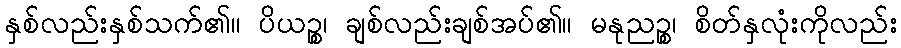
နှစ်လည်းနှစ်သက်၏။ ပိယဉ္စ၊ ချစ်လည်းချစ်အပ်၏။ မနုညဉ္စ၊ စိတ်နှလုံးကိုလည်း